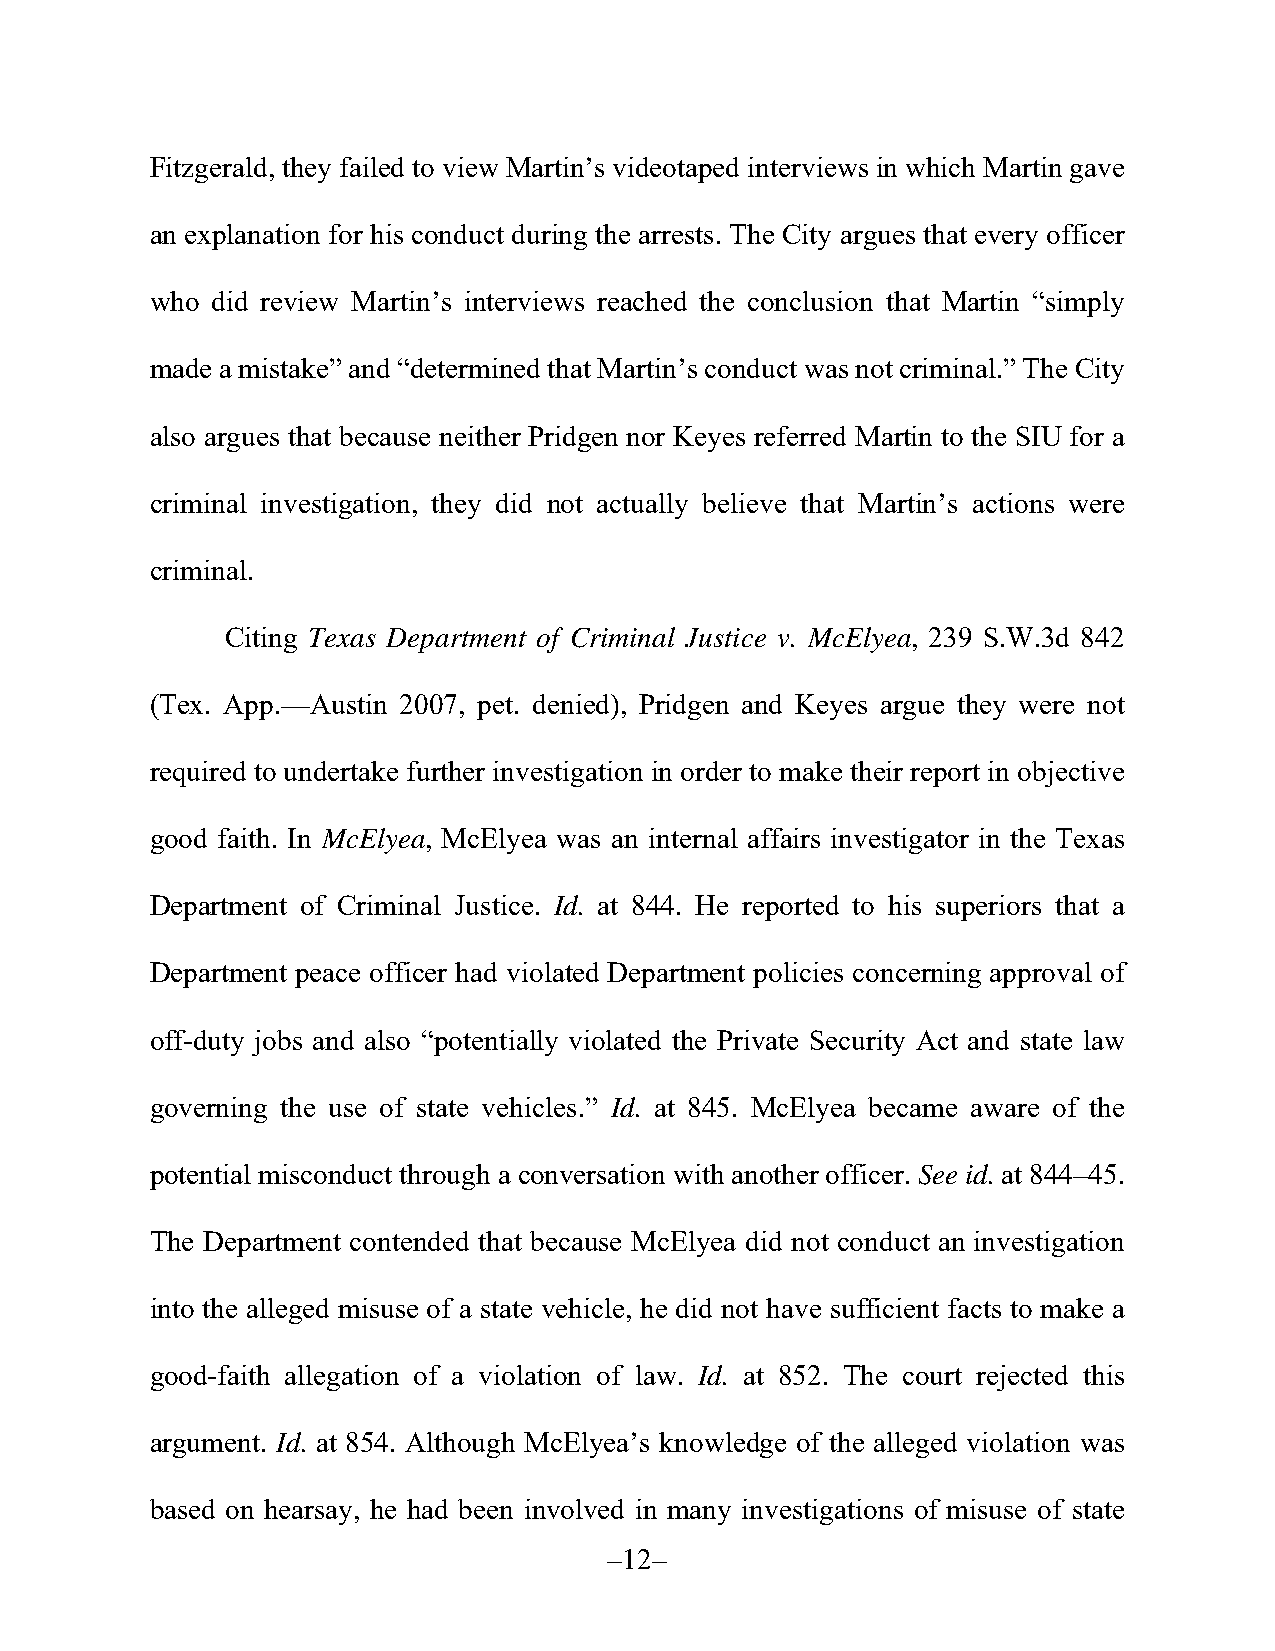
Fitzgerald, they failed to view Martin’s videotaped interviews in which Martin gave
 an explanation for his conduct during the arrests. The City argues that every officer
 who did review Martin’s interviews reached the conclusion that Martin “simply
 made a mistake” and “determined that Martin’s conduct was not criminal.” The City
 also argues that because neither Pridgen nor Keyes referred Martin to the SIU for a
 criminal investigation, they did not actually believe that Martin’s actions were
 criminal.
 Citing Texas Department of Criminal Justice v. McElyea, 239 S.W.3d 842
 (Tex. App.—Austin 2007, pet. denied), Pridgen and Keyes argue they were not
 required to undertake further investigation in order to make their report in objective
 good faith. In McElyea, McElyea was an internal affairs investigator in the Texas
 Department of Criminal Justice. Id. at 844. He reported to his superiors that a
 Department peace officer had violated Department policies concerning approval of
 off-duty jobs and also “potentially violated the Private Security Act and state law
 governing the use of state vehicles.” Id. at 845. McElyea became aware of the
 potential misconduct through a conversation with another officer. See id. at 844–45.
 The Department contended that because McElyea did not conduct an investigation
 into the alleged misuse of a state vehicle, he did not have sufficient facts to make a
 good-faith allegation of a violation of law. Id. at 852. The court rejected this
 argument. Id. at 854. Although McElyea’s knowledge of the alleged violation was
 based on hearsay, he had been involved in many investigations of misuse of state
 –12–